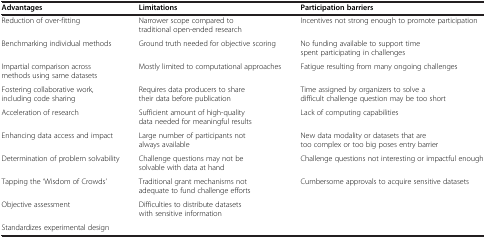
<table><thead><tr><td><b>Advantages</b></td><td><b>Limitations</b></td><td><b>Participation barriers</b></td></tr></thead><tbody><tr><td>Reduction of over-fitting</td><td>Narrower scope compared to traditional open-ended research</td><td>Incentives not strong enough to promote participation</td></tr><tr><td>Benchmarking individual methods</td><td>Ground truth needed for objective scoring</td><td>No funding available to support time spent participating in challenges</td></tr><tr><td>Impartial comparison across methods using same datasets</td><td>Mostly limited to computational approaches</td><td>Fatigue resulting from many ongoing challenges</td></tr><tr><td>Fostering collaborative work, including code sharing</td><td>Requires data producers to share their data before publication</td><td>Time assigned by organizers to solve a difficult challenge question may be too short</td></tr><tr><td>Acceleration of research</td><td>Sufficient amount of high-quality data needed for meaningful results</td><td>Lack of computing capabilities</td></tr><tr><td>Enhancing data access and impact</td><td>Large number of participants not always available</td><td>New data modality or datasets that are too complex or too big poses entry barrier</td></tr><tr><td>Determination of problem solvability</td><td>Challenge questions may not be solvable with data at hand</td><td>Challenge questions not interesting or impactful enough</td></tr><tr><td>Tapping the ‘Wisdom of Crowds’</td><td>Traditional grant mechanisms not adequate to fund challenge efforts</td><td>Cumbersome approvals to acquire sensitive datasets</td></tr><tr><td>Objective assessment</td><td>Difficulties to distribute datasets with sensitive information</td><td></td></tr><tr><td>Standardizes experimental design</td><td></td><td></td></tr></tbody></table>